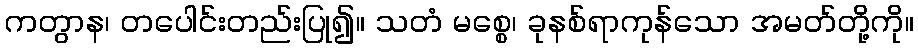
ကတွာန၊ တပေါင်းတည်းပြု၍။ သတံ မစ္စေ၊ ခုနစ်ရာကုန်သော အမတ်တို့ကို။